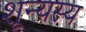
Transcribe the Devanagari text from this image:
शून्यस्य